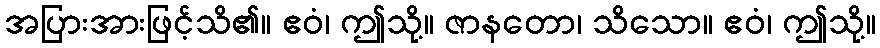
အပြားအားဖြင့်သိ၏။ ဧဝံ၊ ဤသို့။ ဇာနတော၊ သိသော။ ဧဝံ၊ ဤသို့။